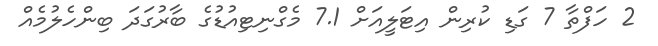
2 ހަފްތާ 7 ގަޑި ކުރިން އިޓަލީއަށް 7.1 މެގްނިޓިއުޑުގެ ބާރުގަދަ ބިންހެލުމެއް